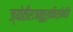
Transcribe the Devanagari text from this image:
ज्योतीराजमुहूर्तकिर्तीमहिते